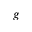
g